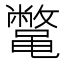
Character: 𱌇